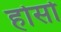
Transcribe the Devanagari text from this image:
होसो